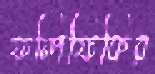
ফন্দিফিকির